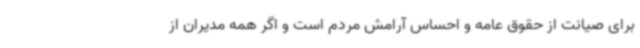
برای صیانت از حقوق عامه و احساس آرامش مردم است و اگر همه مدیران از